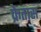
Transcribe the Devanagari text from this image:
फ्रेतास